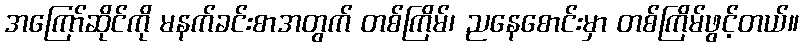
အကြော်ဆိုင်ကို မနက်ခင်းစာအတွက် တစ်ကြိမ်၊ ညနေစောင်းမှာ တစ်ကြိမ်ဖွင့်တယ်။